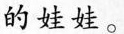
的娃娃。